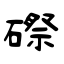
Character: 磜